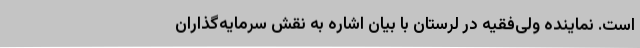
است. نماینده ولی‌فقیه در لرستان با بیان اشاره به نقش سرمایه‌گذاران